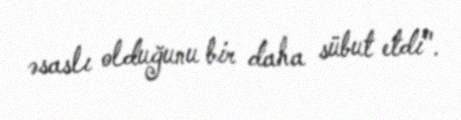
əsaslı olduğunu bir daha sübut etdi".